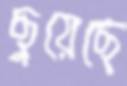
ছুয়েছে